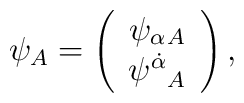
\psi_A=\left(\begin{array}{c}  {\psi_\alpha}{}_A\\                  {\psi^{\dot\alpha}}_A \end{array} \right),